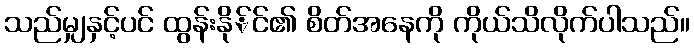
သည်မျှနှင့်ပင် ထွန်းနို်င်၏ စိတ်အနေကို ကိုယ်သိလိုက်ပါသည်။